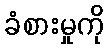
ခံစားမှုကို